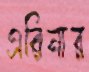
এরিনার